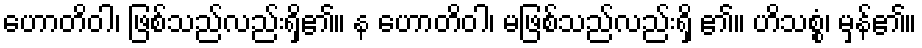
ဟောတိဝါ၊ ဖြစ်သည်လည်းရှိ၏။ န ဟောတိဝါ၊ မဖြစ်သည်လည်းရှိ ၏။ ဟိသစ္စံ၊ မှန်၏။